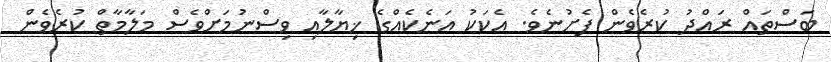
ބަސްތައް ރައްދު ކުރެވެން ފެށުނެވެ. އެކަކު އަނެކެއްގެ ޚިޔާލާއި ވިސްނުމަށްވެސް މަލާމާތް ކުރެވެން